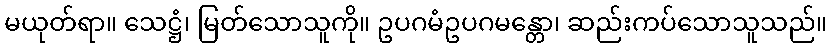
မယုတ်ရာ။ သေဋ္ဌံ၊ မြတ်သောသူကို။ ဥပဂမံဥပဂမန္တော၊ ဆည်းကပ်သောသူသည်။